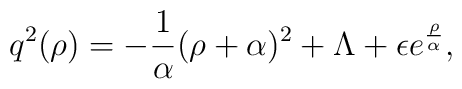
q^2(\rho)=-{ 1 \over \alpha}(\rho+\alpha)^2+\Lambda +\epsilon e^{\rho \over\alpha},